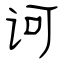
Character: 诃